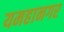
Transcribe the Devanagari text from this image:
यमहानगर